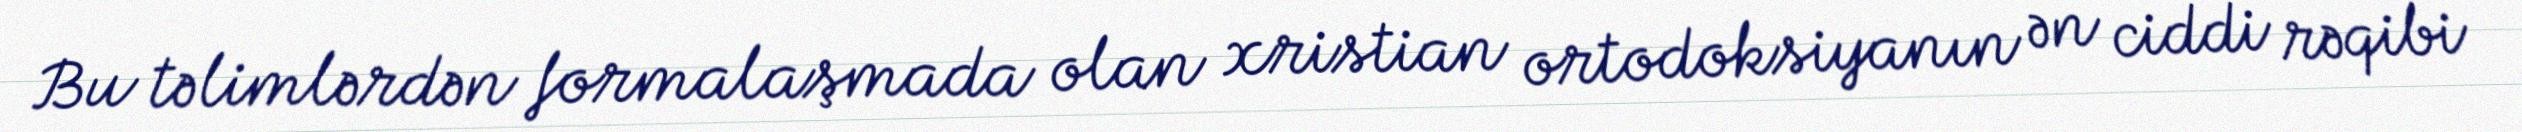
Bu təlimlərdən formalaşmada olan xristian ortodoksiyanın ən ciddi rəqibi